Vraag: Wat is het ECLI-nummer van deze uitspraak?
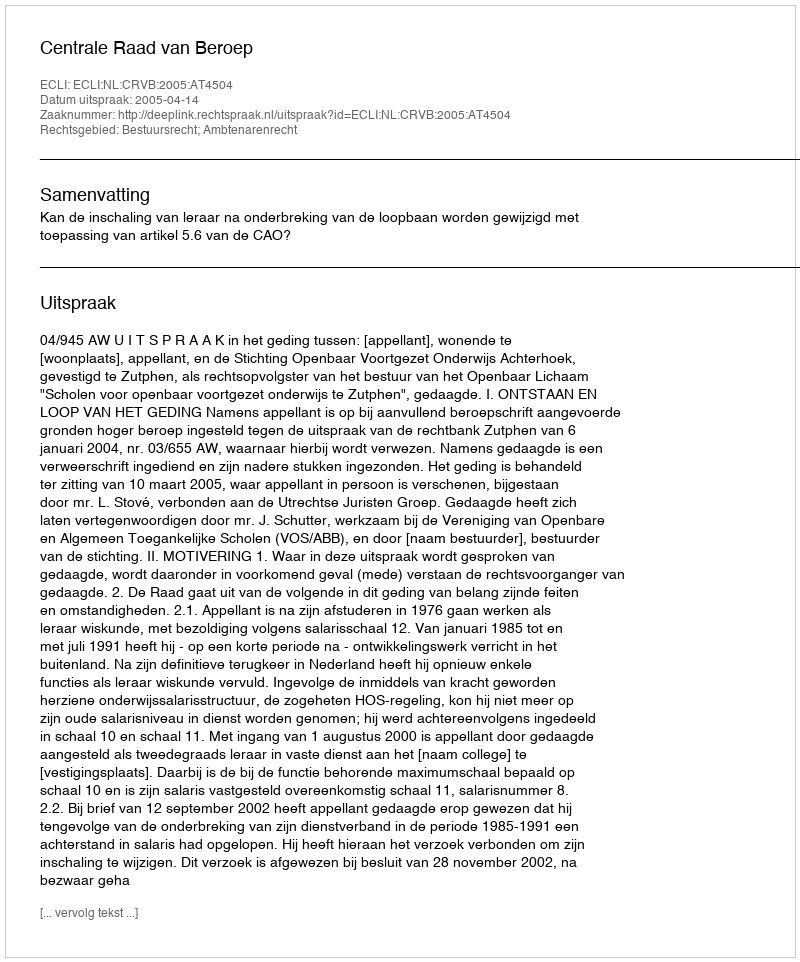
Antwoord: ECLI:NL:CRVB:2005:AT4504